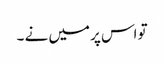
تو اس پر میں نے ۔